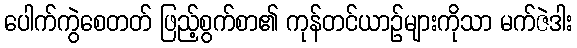
ပေါက်ကွဲစေတတ် ဖြည့်စွက်စာ၏ ကုန်တင်ယာဉ်များကိုသာ မက်ဇဲဒါး